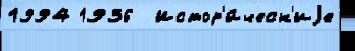
1994 1936  Истор'и́ческ'иjе